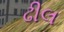
ઢીલ